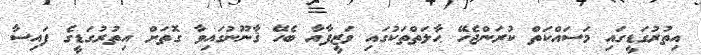
އިތުރުގަޑީގައި މަސައްކަތް ކުރަންޖެހޭ ޙާލަތްތަކުގައި ވަޒީފާއާ ބެހޭ ޤާނޫނުގައިވާ ގޮތަށް އިތުރުގަޑީގެ ފައިސާ